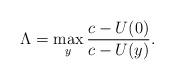
LaTeX: \begin{align*} \Lambda = \max_y \frac{c-U(0)}{c-U(y)}.\end{align*}